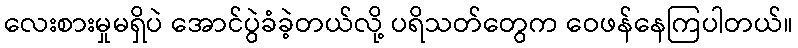
လေးစားမှုမရှိပဲ အောင်ပွဲခံခဲ့တယ်လို့ ပရိသတ်တွေက ဝေဖန်နေကြပါတယ်။